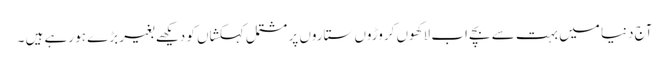
آج دنیا میں بہت سے بچے اب لاکھوں کروڑوں ستاروں پر مشتمل کہکشاں کو دیکھے بغیر بڑے ہو رہے ہیں ۔